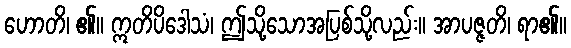
ဟောတိ၊ ၏။ ဣတိပိဒေါသံ၊ ဤသို့သောအပြစ်သို့လည်း။ အာပဇ္ဇတိ၊ ရာ၏။